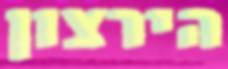
הירצון